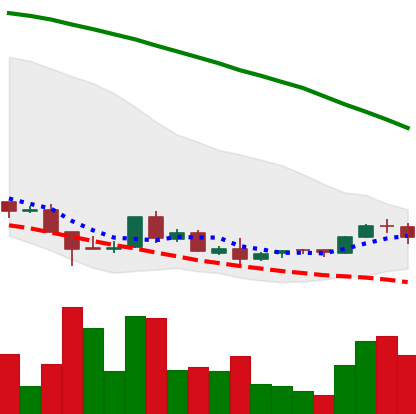
Ticker: ADA-USD
Chart end date: 2018-08-30
Forward return: 4.679%
Label: up_3_5